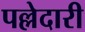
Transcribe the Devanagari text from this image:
पल्लेदारी